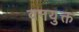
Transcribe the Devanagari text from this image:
वनयुक्त